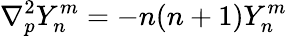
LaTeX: \nabla_{p}^{2}Y_{n}^{m}=-n(n+1)Y_{n}^{m}